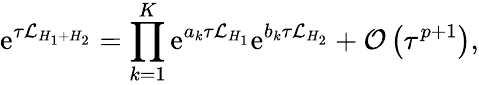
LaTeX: \mathrm{e}^{\tau\mathcal{L}_{H_{1}+H_{2}}}=\prod_{k=1}^{K}{\mathrm{e}^{a_{k}\tau\mathcal{L}_{H_{1}}}\mathrm{e}^{b_{k}\tau\mathcal{L}_{H_{2}}}}+\mathcal{O}\left(\tau^{p+1}\right),